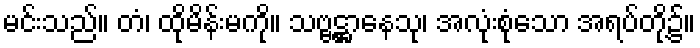
မင်းသည်။ တံ၊ ထိုမိန်းမကို။ သဗ္ဗဋ္ဌာနေသု၊ အလုံးစုံသော အရပ်တို့၌။